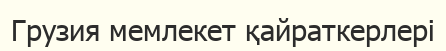
Грузия мемлекет қайраткерлері